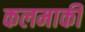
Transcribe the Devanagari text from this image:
कलमाकी